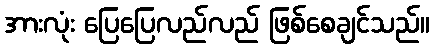
အားလုံး ပြေပြေလည်လည် ဖြစ်စေချင်သည်။